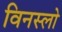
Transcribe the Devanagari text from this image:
विनस्‍लो